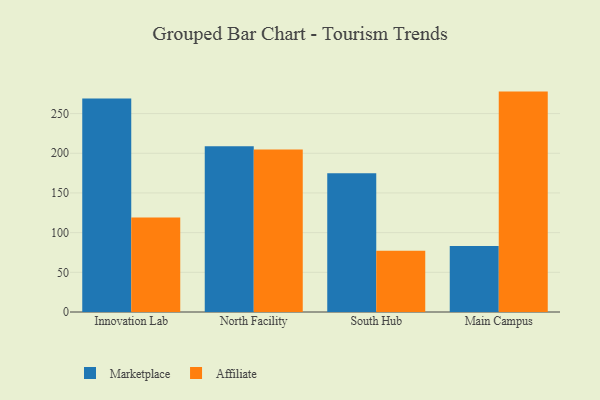
{"axis": {"x": "Campus", "y": "Population (Million)"}, "legend": ["Affiliate", "Marketplace"], "data": [{"x": "Innovation Lab", "y": 268.9, "type": "Marketplace"}, {"x": "Innovation Lab", "y": 119.1, "type": "Affiliate"}, {"x": "North Facility", "y": 208.7, "type": "Marketplace"}, {"x": "North Facility", "y": 204.9, "type": "Affiliate"}, {"x": "South Hub", "y": 174.8, "type": "Marketplace"}, {"x": "South Hub", "y": 77.3, "type": "Affiliate"}, {"x": "Main Campus", "y": 83.2, "type": "Marketplace"}, {"x": "Main Campus", "y": 277.7, "type": "Affiliate"}]}